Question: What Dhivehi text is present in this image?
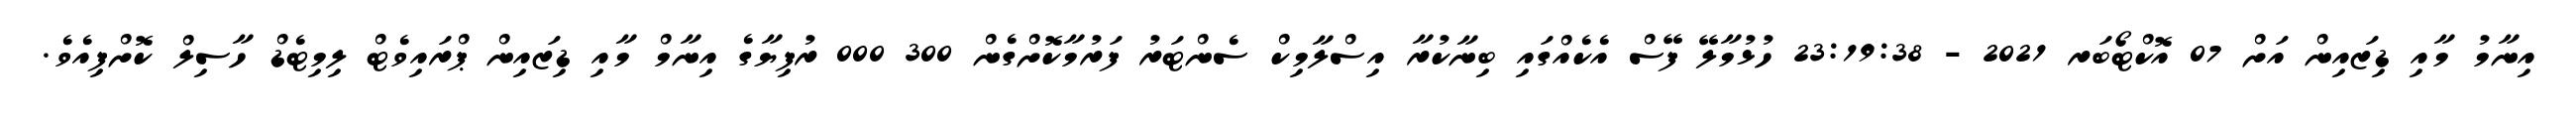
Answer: އިނާމު މާއި ޑިޒައިން އަށް 07 އޮކްޓޯބަރ 2021 - 23:19:38 ހުޅުމާލޭ ފޭސް އެކެއްގައި ބިނާކުރާ އިސްލާމިކް ސެންޓަރު ފަރުމާކޮށްގެން 300 000 ރުފިޔާގެ އިނާމް މާއި ޑިޒައިން ޕްރައިވެޓް ލިމިޓެޑް ހާސިލް ކޮށްފިއެވެ.